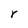
Character: Y